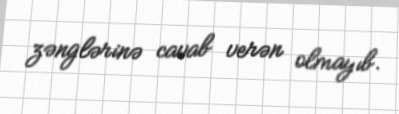
zənglərinə cavab verən olmayıb.